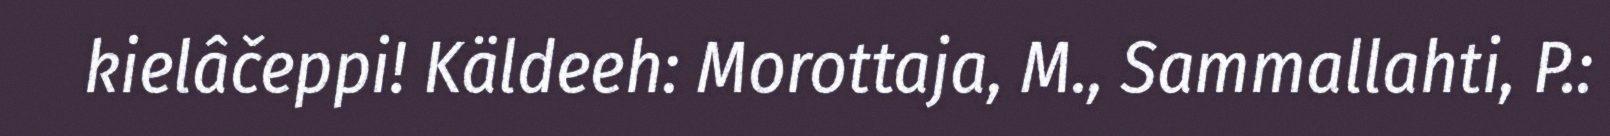
kielâčeppi! Käldeeh: Morottaja, M., Sammallahti, P.: